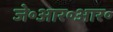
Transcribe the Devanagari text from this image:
जे॰आर॰आर॰